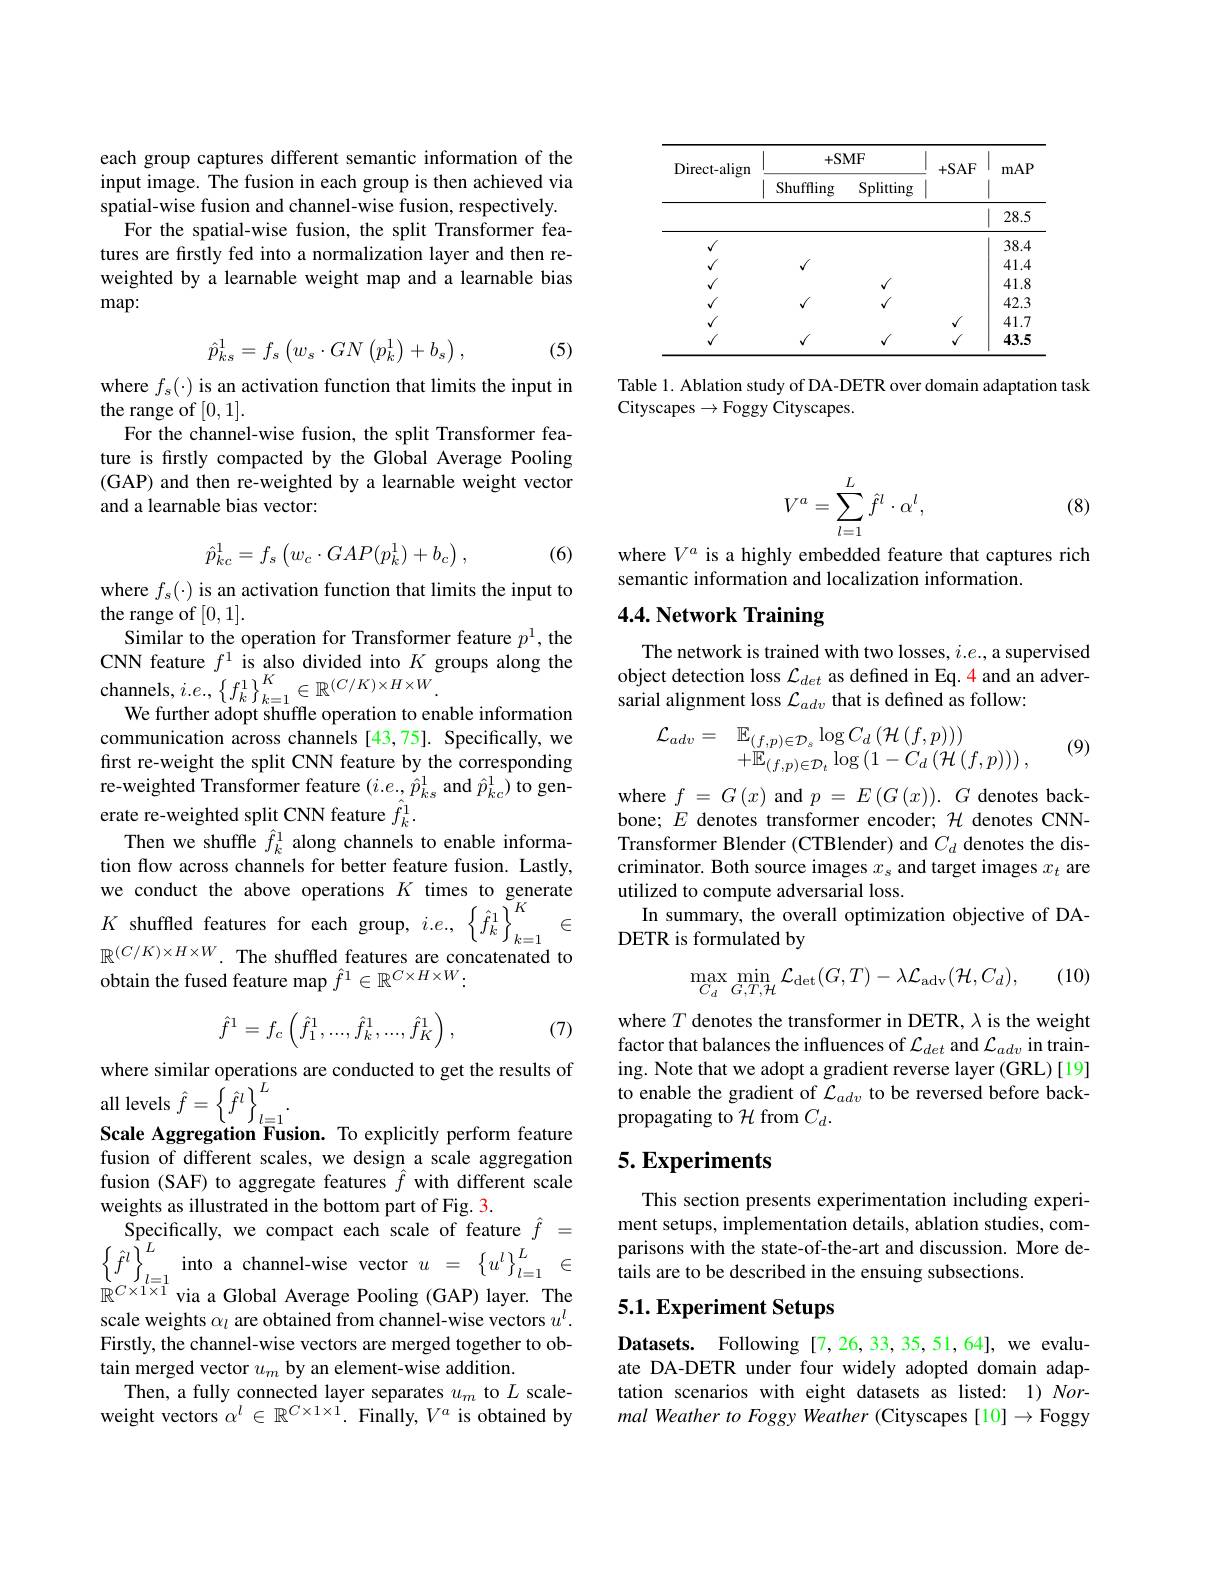
<table>
	<tbody>
		<tr>
			<th rowspan="2">Direct-align</th>
			<th colspan="2">+SMF</th>
			<th rowspan="2">+SAF</th>
			<th rowspan="2">mAP</th>
		</tr>
		<tr>
			<th>Shuffling</th>
			<th>Splitting</th>
		</tr>
		<tr>
			<td> </td>
			<td> </td>
			<td> </td>
			<td> </td>
			<td>28.5</td>
		</tr>
		<tr>
			<td>$√$</td>
			<td> </td>
			<td> </td>
			<td> </td>
			<td>38.4</td>
		</tr>
		<tr>
			<td>1</td>
			<td>$f$</td>
			<td> </td>
			<td> </td>
			<td>41.4</td>
		</tr>
		<tr>
			<td>1</td>
			<td> </td>
			<td>$\sqrt{1}$</td>
			<td> </td>
			<td>41.8</td>
		</tr>
		<tr>
			<td>1</td>
			<td>$f$</td>
			<td>$\sqrt{1}$</td>
			<td> </td>
			<td>42.3</td>
		</tr>
		<tr>
			<td> </td>
			<td> </td>
			<td> </td>
			<td>$f$</td>
			<td>41.7</td>
		</tr>
		<tr>
			<td>$√$</td>
			<td>$√$</td>
			<td>$√$</td>
			<td>$√$</td>
			<td>43.5</td>
		</tr>
	</tbody>
</table>

Table 1. Ablation study of DA-DETR over domain adaptation task
Cityscapes$\to$Foggy Cityscapes.

each group captures different semantic information of the input image. The fusion in each group is then achieved via spatial-wise fusion and channel-wise fusion, respectively.
For the spatial-wise fusion, the split Transformer features are firstly fed into a normalization layer and then reweighted by a learnable weight map and a learnable bias map:

(5)
$$\hat{p}_{ks}^{1}=f_{s}\begin{pmatrix}w_{s}\cdot GN\begin{pmatrix}p_{k}^{1}\end{pmatrix}+b_{s}\end{pmatrix},$$
where $f_s(\cdot)$ is an activation function that limits the input in
the range of [0,1].
For the channel-wise fusion, the split Transformer feature is firstly compacted by the Global Average Pooling (GAP) and then re-weighted by a learnable weight vector and a learnable bias vector:
$$\hat{p}_{kc}^1=f_s\left(w_c\cdot GAP(p_k^1)+b_c\right),$$
(6)

where $f_s(\cdot)$ is an activation function that limits the input to
the range of [0,1].
Similar to the operation for Transformer feature $p^1$, the CNN feature $f^1$ is also divided into $K$ groups along the channels, $i.e.,\left\{f_{k}^{1}\right\}_{k=1}^{K}\in\mathbb{R}^{(C/K)\times H\times W}.$
We further adopt shuffle operation to enable information communication across channels [43,75]. Specifically, we first re-weight the split CNN feature by the corresponding re-weighted Transformer feature $(i.e.,\hat{\hat{p}}_{ks}^{1}$ and $\hat{p}_{kc}^{1})$ to generate re-weighted split CNN feature $\hat{f}_k^1.$
Then we shuffle $\hat{f}_k^1$ along channels to enable information flow across channels for better feature fusion. Lastly, we conduct the above operations $K$ times to generate $K$ shuffled features for each group, $i.e.,\left\{\hat{f}_{k}^{1}\right\}_{k=1}^{K}\in$ $\mathbb{R}^{(C/K)\times H\times W}.$ The shuffled features are concatenated to obtain the fused feature map $\hat{f}^1\in\mathbb{R}^{C\times H\times W}:$
$$\hat{f}^1=f_c\left(\hat{f}_1^1,...,\hat{f}_k^1,...,\hat{f}_K^1\right),$$
(7)

where similar operations are conducted to get the results of
all levels $\hat{f}=\left\{\hat{f}^{l}\right\}_{l\equiv1}^{L}.$
Scale Aggregation Fusion. To explicitly perform feature fusion of different scales, we design a scale aggregation fusion (SAF) to aggregate features $\hat{f}$ with different scale weights as illustrated in the bottom part of Fig. 3.
Specifically, we compact each scale of feature $\hat{f}=$ $\left\{\hat{f}^{l}\right\}_{l=1}^{L}$into a channel-wise vector $u=\left\{u^{l}\right\}_{l=1}^{L}\in$ $\mathbb{R}^{C\times1\times1}$ via a Global Average Pooling (GAP) layer. The scale weights $\alpha_l$ are obtained from channel-wise vectors $u^l.$ Firstly, the channel-wise vectors are merged together to obtain merged vector $u_m$ by an element-wise addition.
Then, a fully connected layer separates $u_m$ to $L$ scaleweight vectors $\alpha^l\in\mathbb{R}^{C\times1\times1}.$ Finally, $V^a$ is obtained by
$$\begin{aligned}V^a=\sum_{l=1}^L\hat{f}^l\cdot\alpha^l,\end{aligned}$$
(8)

where $V^a$ is a highly embedded feature that captures rich
semantic information and localization information.

## 4.4. Network Training

The network is trained with two losses, $i.e.$, a supervised object detection loss $\mathcal{L}_{det}$ as defined in Eq.4 and an adversarial alignment loss $\mathcal{L}_{adv}$ that is defined as follow:

(9)
$$\begin{aligned}\mathcal{L}_{adv}&=\quad\mathbb{E}_{(f,p)\in\mathcal{D}_{s}}\log C_{d}\left(\mathcal{H}\left(f,p\right)\right))\\&+\mathbb{E}_{(f,p)\in\mathcal{D}_{t}}\log\left(1-C_{d}\left(\mathcal{H}\left(f,p\right)\right)\right),\end{aligned}$$
where $f=G\left(x\right)$and $p=E\left(G\left(x\right)\right).G$ denotes backbone; $E$ denotes transformer encoder; $\mathcal{H}$ denotes CNNTransformer Blender (CTBlender) and $C_d$ denotes the discriminator. Both source images $x_s$ and target images $x_t$ are utilized to compute adversarial loss.
In summary, the overall optimization objective of DA-
DETR is formulated by

(10)
$$\max_{C_{d}}\min_{G,T,\mathcal{H}}\mathcal{L}_{\det}(G,T)-\lambda\mathcal{L}_{\mathrm{adv}}(\mathcal{H},C_{d}),$$
where $T$ denotes the transformer in DETR, $\lambda$ is the weight factor that balances the influences of $\mathcal{L}_det$ and $\mathcal{L}_adv$ in training. Note that we adopt a gradient reverse layer (GRL)[19] to enable the gradient of $\mathcal{L}_{adv}$ to be reversed before backpropagating to $\mathcal{H}$ from $C_d.$

## $5. \textbf{Experiments}$

This section presents experimentation including experiment setups, implementation details, ablation studies, comparisons with the state-of-the-art and discussion. More details are to be described in the ensuing subsections.

# 5.1. Experiment Setups

Datasets. Following[7,26,33,35,51,64], we evaluate DA-DETR under four widely adopted domain adaptation scenarios with eight datasets as listed: 1)Normal Weather to Foggy Weather (Cityscapes [10] → Foggy